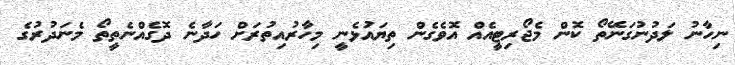
ނިހާނު ލަދުނުގަނޭތޯ ކޮން މެޖޯރިޓީއެއް އޮވެގެން ތިޔައުަޅެނީ މިހާރުއިތުރަށް ހަދާނެ ދޮގެއްނެތީތޯ މެނަދުރުގެ